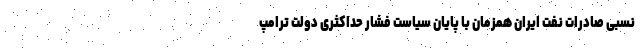
نسبی صادرات نفت ایران همزمان با پایان سیاست فشار حداکثری دولت ترامپ